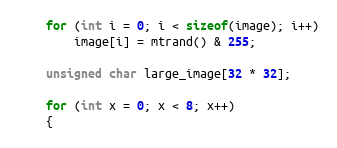
Language: C++
	for (int i = 0; i < sizeof(image); i++)
		image[i] = mtrand() & 255;

	unsigned char large_image[32 * 32];

	for (int x = 0; x < 8; x++)
	{